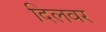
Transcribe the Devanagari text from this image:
दिलवर